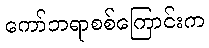
ကော်ဘရာစစ်ကြောင်းက